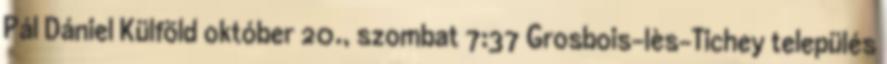
Pál Dániel Külföld október 20., szombat 7:37 Grosbois-lès-Tichey település